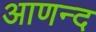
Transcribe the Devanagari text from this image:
आणन्द